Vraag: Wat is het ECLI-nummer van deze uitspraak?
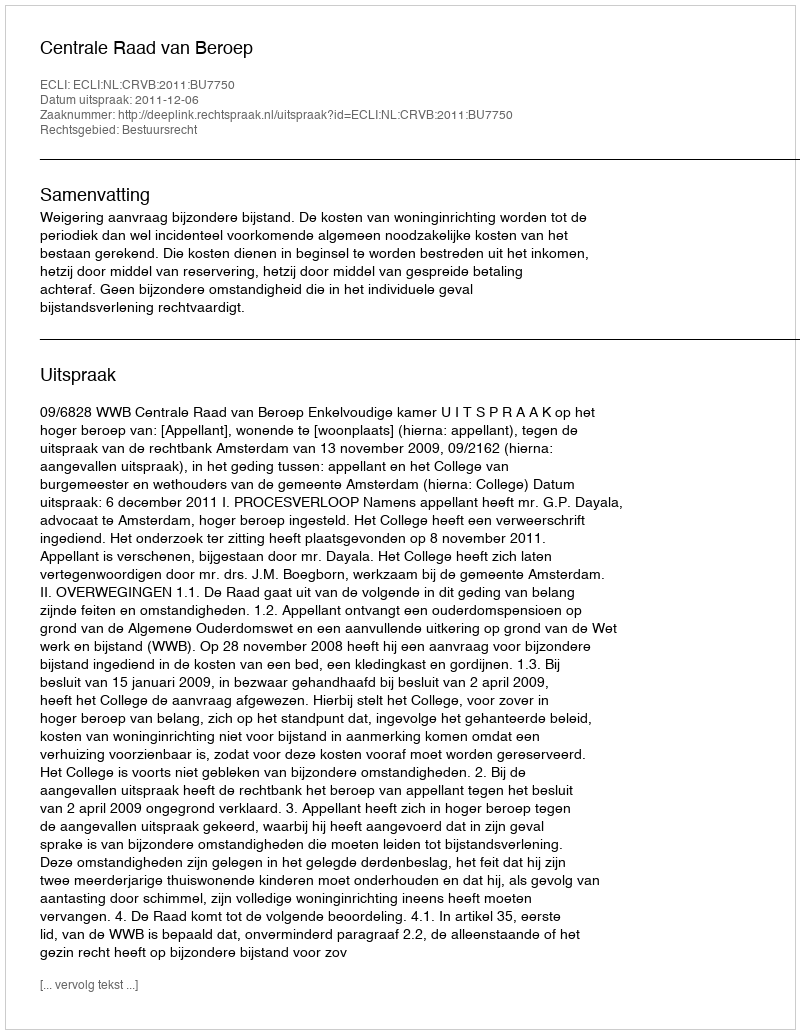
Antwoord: ECLI:NL:CRVB:2011:BU7750